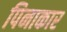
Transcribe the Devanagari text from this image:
पिनाकार